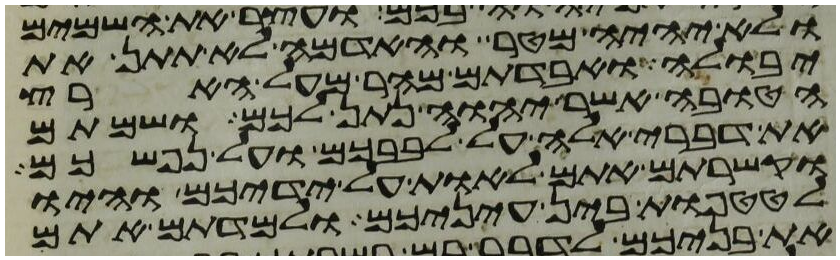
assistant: ולא יהיה מטר והאדמה לא תתן את
יבולה ואבדתם מהר מעל הארץ
הטובה אשר יהוה נתן לכם ושמתם
את דברי אלה על לבבכם ועל נפשכם
וקשרתם אתם לאות על ידיכם והיו
לטטפות בין עיניכם ולמדתם אתם